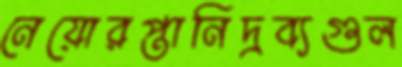
নেয়োরপ্তানিদ্রব্যগুল